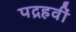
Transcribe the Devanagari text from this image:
पद्रहवीं